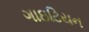
ગાઇટિયન